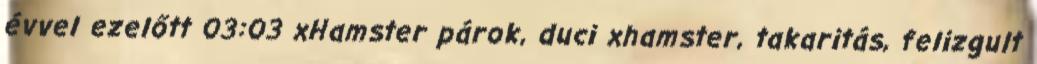
évvel ezelőtt 03:03 xHamster párok, duci xhamster, takaritás, felizgult